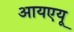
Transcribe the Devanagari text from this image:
आयएयू